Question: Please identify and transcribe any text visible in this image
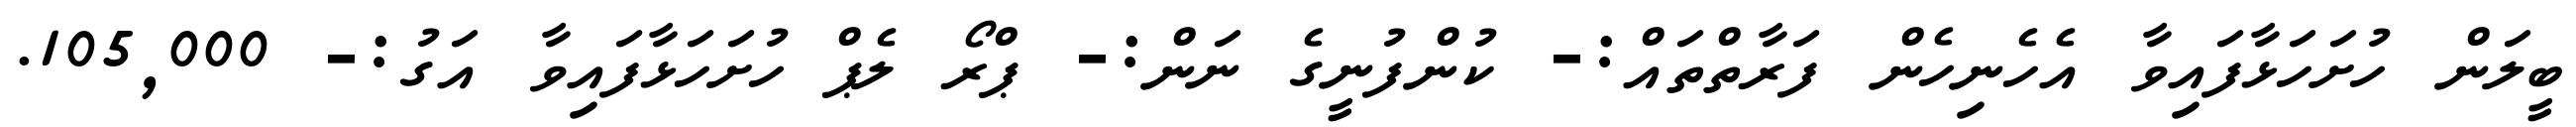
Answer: ބީލަން ހުށަހަޅާފައިވާ އެހެނިހެން ފަރާތްތައް:- ކުންފުނީގެ ނަން:- ޕްރޯ ލެޕް ހުށަހަޅާފައިވާ އަގު:- 105,000.